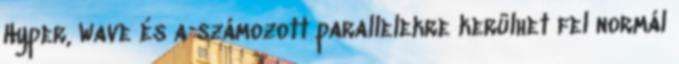
Hyper, Wave és a számozott parallelekre kerülhet fel normál